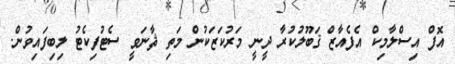
އޮފް އިސްލާމިކް އެފެއާޒް ޤަބޫލުކުރާ ދީނީ މަރުކަޒަކުން މަތި ޘާނަވީ ސެޓުފިކެޓު ލިބިފައިވުން.